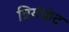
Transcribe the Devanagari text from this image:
त्रियंफंट